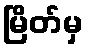
မြိတ်မှ